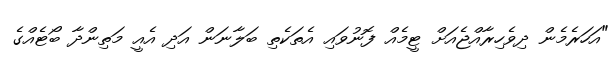
"އަހަރެމެން ދިވެހިރާއްޖެއަށް ޓީމެއް ފޮނުވައި އެތަކެތި ބަލާނަން އަދި އެއީ މަތިންދާ ބޯޓެއްގެ